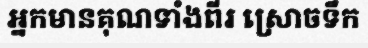
អ្នកមានគុណទាំងពីរ ស្រោចទឹក